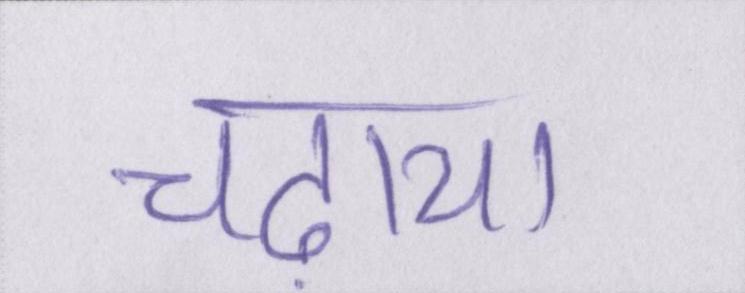
चढ़ाया